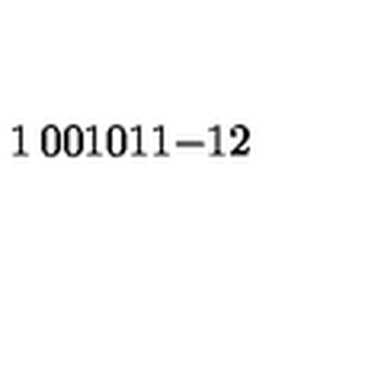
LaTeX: \begin{matrix} { 1 } & { 0 } & { 0 } \\ { 1 } & { 0 } & { 1 } \\ { 1 } & { - 1 } & { 2 } \\ \end{matrix}